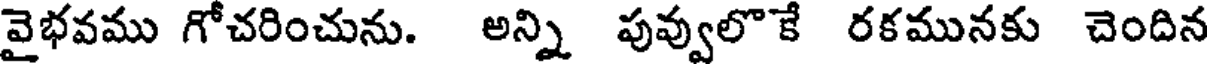
వైభవము గోచరించును. అన్ని పువ్వులొకే రకమునకు చెందిన